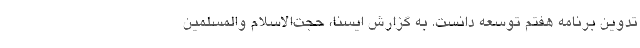
تدوین برنامه هفتم توسعه دانست. به گزارش ایسنا، حجت‌الاسلام والمسلمین